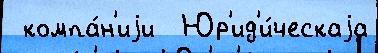
 компа́н'иjи  Юр'ид'и́ческаjа